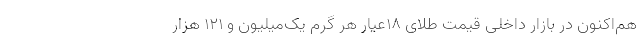
هم‌اکنون در بازار داخلی قیمت طلای 18عیار هر گرم یک‌میلیون و 121 هزار